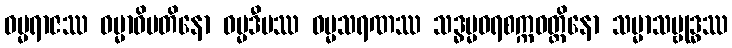
ဓမ္မရာဇဿ ဓမ္မာဓိပတိနော ဓမ္မဒီပဿ ဓမ္မသရဏဿ သဒ္ဓမ္မဝရစက္ကဝတ္တိနော သမ္မာသမ္ဗုဒ္ဓဿ